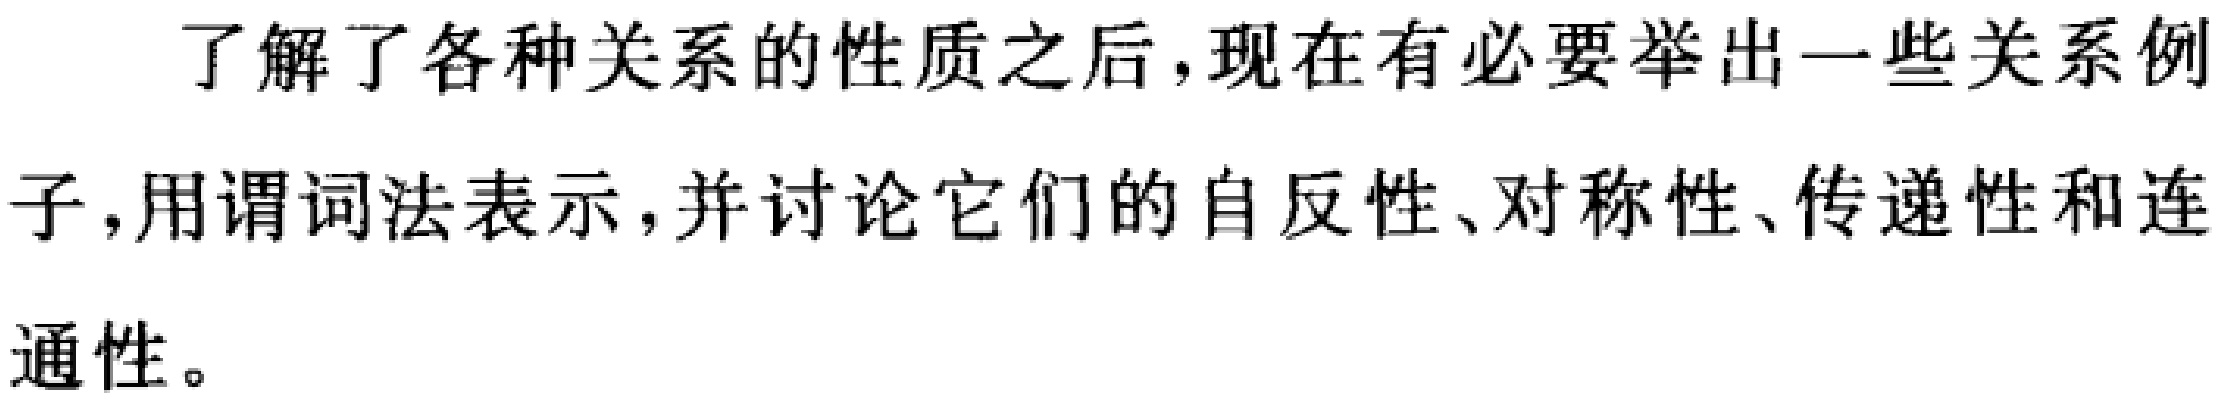
了解了各种关系的性质之后，现在有必要举出一些关系例子，用谓词法表示，并讨论它们的自反性、对称性、传递性和连通性。